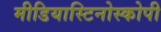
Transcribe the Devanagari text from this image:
मीडियास्टिनोस्कोपी